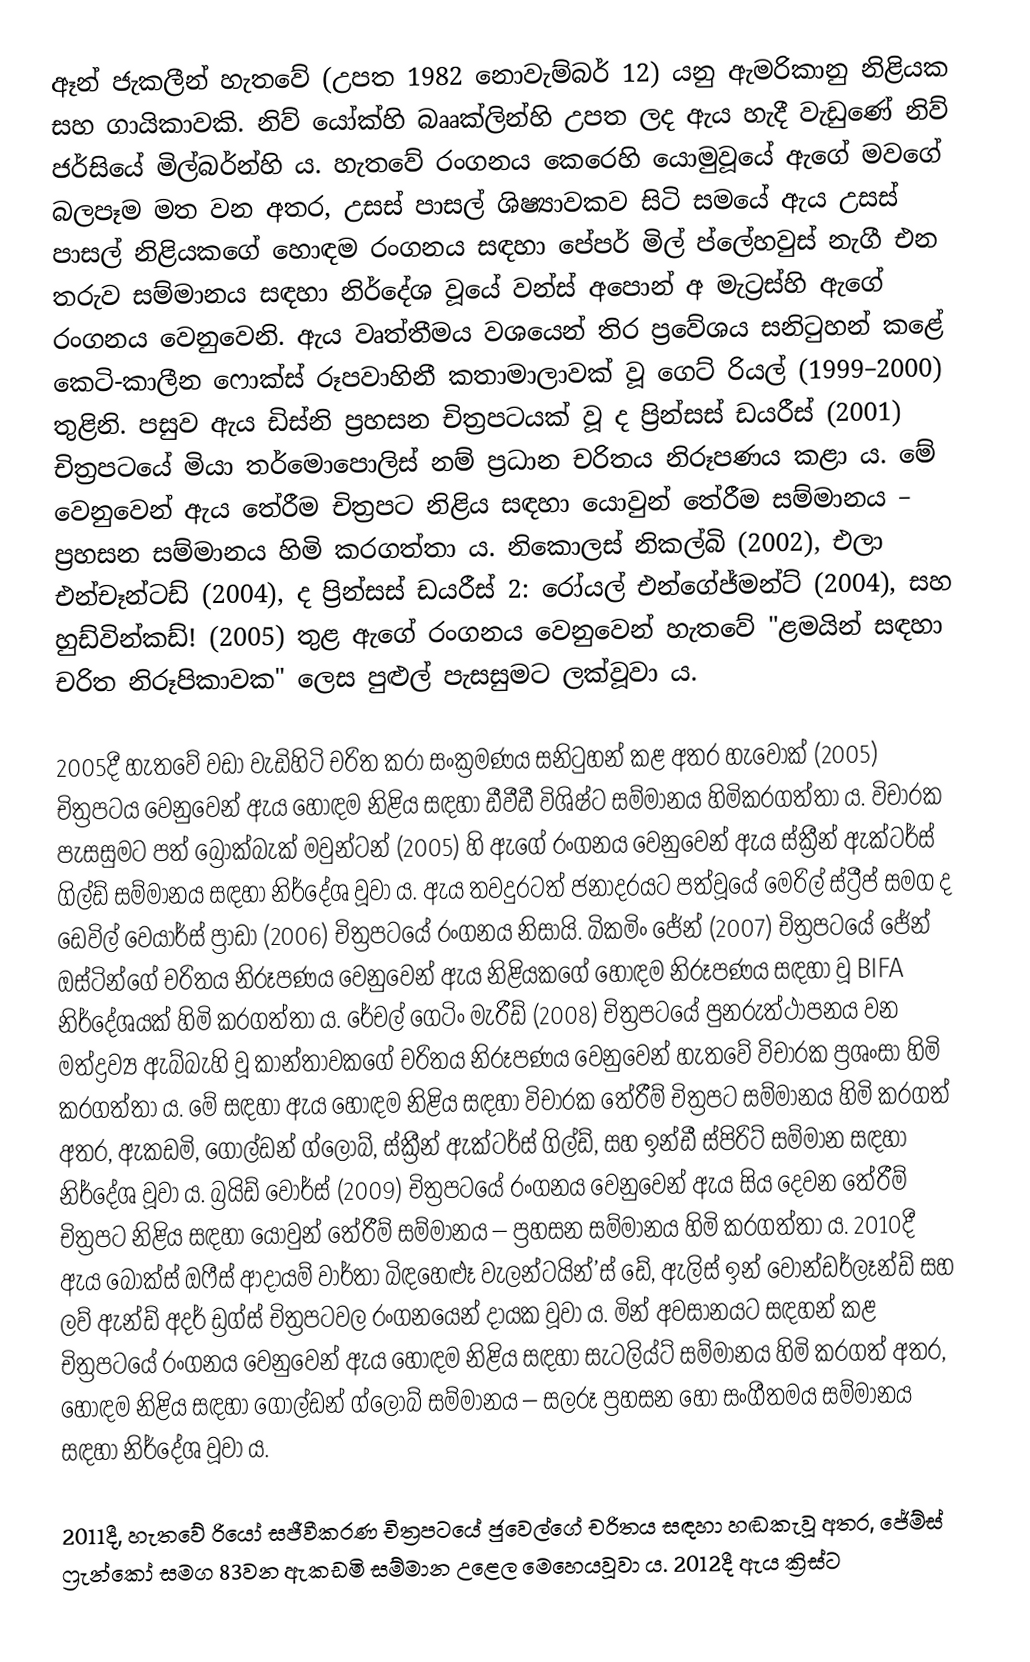
ඈන් ජැකලීන් හැතවේ (උපත 1982 නොවැම්බර් 12) යනු ඇමරිකානු නිළියක සහ ගායිකාවකි. නිව් යෝක්හි බෲක්ලින්හි උපත ලද ඇය හැදී වැඩුණේ නිව් ජර්සියේ මිල්බර්න්හි ය. හැතවේ රංගනය කෙරෙහි යොමුවූයේ ඇගේ මවගේ බලපෑම මත වන අතර, උසස් පාසල් ශිෂ්‍යාවකව සිටි සමයේ ඇය උසස් පාසල් නිළියකගේ හොඳම රංගනය සඳහා පේපර් මිල් ප්ලේහවුස් නැගී එන තරුව සම්මානය සඳහා නිර්දේශ වූයේ වන්ස් අපොන් අ මැට්‍රස්හි ඇගේ රංගනය වෙනුවෙනි. ඇය වෘත්තීමය වශයෙන් තිර ප්‍රවේශය සනිටුහන් කළේ කෙටි-කාලීන ෆොක්ස් රූපවාහිනී කතාමාලාවක් වූ ගෙට් රියල් (1999–2000) තුළිනි. පසුව ඇය ඩිස්නි ප්‍රහසන චිත්‍රපටයක් වූ ද ප්‍රින්සස් ඩයරීස් (2001) චිත්‍රපටයේ මියා තර්මොපොලිස් නම් ප්‍රධාන චරිතය නිරූපණය කළා ය. මේ වෙනුවෙන් ඇය තේරීම චිත්‍රපට නිළිය සඳහා යොවුන් තේරීම සම්මානය – ප්‍රහසන සම්මානය හිමි කරගත්තා ය. නිකොලස් නිකල්බි (2002), එලා එන්චෑන්ටඩ් (2004), ද ප්‍රින්සස් ඩයරීස් 2: රෝයල් එන්ගේජ්මන්ට් (2004), සහ හුඩ්වින්කඩ්! (2005) තුළ ඇගේ රංගනය වෙනුවෙන් හැතවේ "ළමයින් සඳහා චරිත නිරූපිකාවක" ලෙස පුළුල් පැසසුමට ලක්වූවා ය.

2005දී හැතවේ වඩා වැඩිහිටි චරිත කරා සංක්‍රමණය සනිටුහන් කළ අතර හැවොක් (2005) චිත්‍රපටය වෙනුවෙන් ඇය හොඳම නිළිය සඳහා ඩීවීඩී විශිෂ්ට සම්මානය හිමිකරගත්තා ය. විචාරක පැසසුමට පත් බ්‍රෝක්බැක් මවුන්ටන් (2005) හි ඇගේ රංගනය වෙනුවෙන් ඇය ස්ක්‍රීන් ඇක්ටර්ස් ගිල්ඩ් සම්මානය සඳහා නිර්දේශ වූවා ය. ඇය තවදුරටත් ජනාදරයට පත්වූයේ මෙරිල් ස්ට්‍රීප් සමග ද ඩෙවිල් වෙයාර්ස් ප්‍රාඩා (2006) චිත්‍රපටයේ රංගනය නිසායි. බිකමිං ජේන් (2007) චිත්‍රපටයේ ජේන් ඔස්ටින්ගේ චරිතය නිරූපණය වෙනුවෙන් ඇය නිළියකගේ හොඳම නිරූපණය සඳහා වූ BIFA නිර්දේශයක් හිමි කරගත්තා ය. රේචල් ගෙටිං මැරීඩ් (2008) චිත්‍රපටයේ පුනරුත්ථාපනය වන මත්ද්‍රව්‍ය ඇබ්බැහි වූ කාන්තාවකගේ චරිතය නිරූපණය වෙනුවෙන් හැතවේ විචාරක ප්‍රශංසා හිමි කරගත්තා ය. මේ සඳහා ඇය හොඳම නිළිය සඳහා විචාරක තේරීම් චිත්‍රපට සම්මානය හිමි කරගත් අතර, ඇකඩමි, ගෝල්ඩන් ග්ලෝබ්, ස්ක්‍රීන් ඇක්ටර්ස් ගිල්ඩ්, සහ ඉන්ඩී ස්පිරිට් සම්මාන සඳහා නිර්දේශ වූවා ය. බ්‍රයිඩ් වෝර්ස් (2009) චිත්‍රපටයේ රංගනය වෙනුවෙන් ඇය සිය දෙවන තේරීම් චිත්‍රපට නිළිය සඳහා යොවුන් තේරීම් සම්මානය – ප්‍රහසන සම්මානය හිමි කරගත්තා ය. 2010දී ඇය බොක්ස් ඔෆීස් ආදායම් වාර්තා බිඳහෙළූ වැලන්ටයින්’ස් ඩේ, ඇලිස් ඉන් වොන්ඩර්ලෑන්ඩ් සහ ලව් ඇන්ඩ් අදර් ඩ්‍රග්ස් චිත්‍රපටවල රංගනයෙන් දායක වූවා ය. මින් අවසානයට සඳහන් කළ චිත්‍රපටයේ රංගනය වෙනුවෙන් ඇය හොඳම නිළිය සඳහා සැටලිය්ට් සම්මානය හිමි කරගත් අතර, හොඳම නිළිය සඳහා ගෝල්ඩන් ග්ලෝබ් සම්මානය – සලරූ ප්‍රහසන හෝ සංගීතමය සම්මානය සඳහා නිර්දේශ වූවා ය.

2011දී, හැතවේ රියෝ සජීවීකරණ චිත්‍රපටයේ ජුවෙල්ගේ චරිතය සඳහා හඬකැවූ අතර, ජේම්ස් ‍ෆ්‍රැන්කෝ සමග  83වන ඇකඩමි සම්මාන උළෙල මෙහෙයවූවා ය. 2012දී ඇය ක්‍රිස්ට